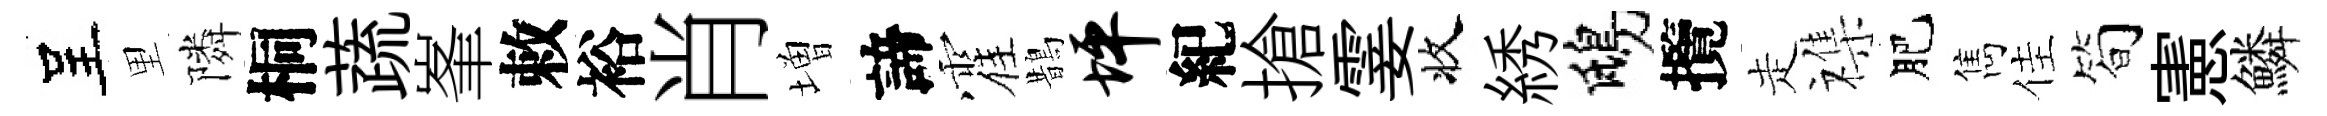
呈里隣桐蔬峯敕裕肖増諦霍鵲坪紀搶霎收綉鴟攬走襍肥雋佳简憲鱗